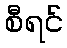
စီရင်